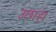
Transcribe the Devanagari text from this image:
उछाह।